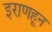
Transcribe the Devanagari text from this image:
इराणहून